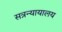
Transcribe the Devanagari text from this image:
सत्रन्यायालय